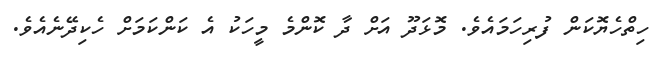
ހިތްހެޔޮކަން ފުރިހަމައެވެ. މޮޅަދޫ އަށް ދާ ކޮންމެ މީހަކު އެ ކަންކަމަށް ހެކިދޭނެއެވެ.